Punjab Mental Hospital Lahore 1932-46 - 1932-1946
Year: 1932
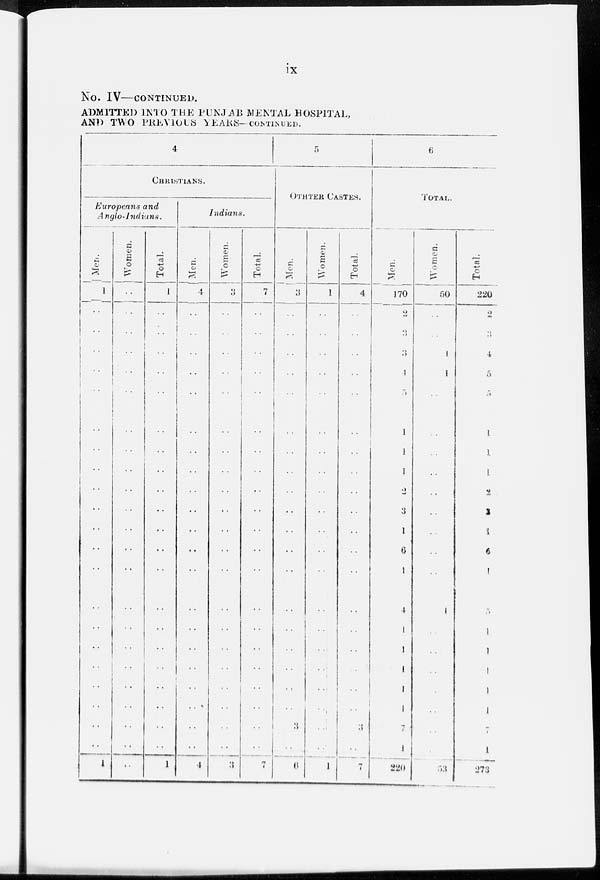
ix
No. IV—CONTINUED.
ADMITTED INTO THE PUNJAB MENTAL HOSPITAL,
AND TWO PERVIOUS YEARS-CONTINUED.
4
CHRISTIANS.
Europeans and
Anglo-Indians.
Men.
1
..
..
..
..
..
..
..
..
..
..
..
..
..
..
..
..
..
..
..
..
..
1
Women.
..
..
..
..
..
..
..
..
..
..
..
..
..
..
..
..
..
..
..
..
..
..
..
Total.
1
..
..
..
..
..
..
..
..
..
..
..
..
..
..
..
..
..
..
..
..
..
1
Indians.
Men.
4
..
..
..
..
..
..
..
..
..
..
..
..
..
..
..
..
..
..
..
..
..
4
Women.
3
..
..
..
..
..
..
..
..
..
..
..
..
..
..
..
..
..
..
..
..
..
3
Total.
7
..
..
..
..
..
..
..
..
..
..
..
..
..
..
..
..
..
..
..
..
..
7
5
OTHER CASTES.
Men.
3
..
..
..
..
..
..
..
..
..
..
..
..
..
..
..
..
..
..
..
3
..
6
Women.
1
..
..
..
..
..
..
..
..
..
..
..
..
..
..
..
..
..
..
..
..
..
1
Total.
4
..
..
..
..
..
..
..
..
..
..
..
..
..
..
..
..
..
..
..
3
..
7
6
TOTAL.
Men.
170
2
3
3
1
5
1
1
1
1
2
3
1
6
1
1
4
1
1
1
7
1
220
Women.
50
..
..
1
4
..
..
..
..
..
..
..
..
..
..
..
1
..
..
..
..
..
33
Total.
220
2
3
4
5
5
1
1
1
1
2
3
1
6
1
1
5
1
1
1
7
1
273